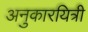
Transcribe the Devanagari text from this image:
अनुकारयित्री